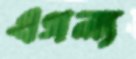
এগল্য